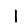
Digit: 1